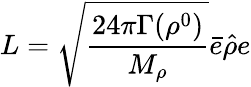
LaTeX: L=\sqrt{\frac{24\pi\Gamma(\rho^{0})}{M_{\rho}}}\bar{e}\hat{\rho}e